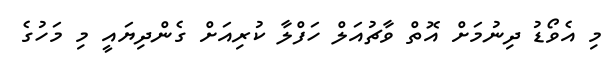
މި އެވޯޑު ދިނުމަށް އޮތް ވާޗުއަލް ހަފްލާ ކުރިއަށް ގެންދިޔައީ މި މަހުގެ